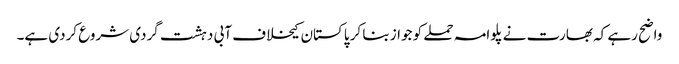
واضح رہے کہ بھارت نے پلوامہ حملے کو جواز بنا کر پاکستان کیخلاف آبی دہشت گردی شروع کردی ہے۔